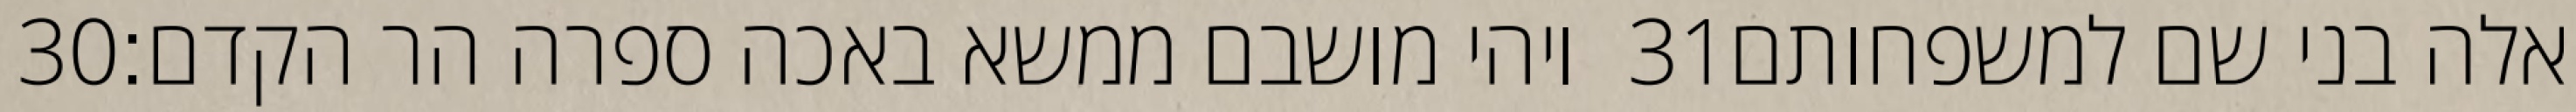
‎30‏ ויהי מושבם ממשא באכה ספרה הר הקדם׃ ‎31‏ אלה בני שם למשפחותם